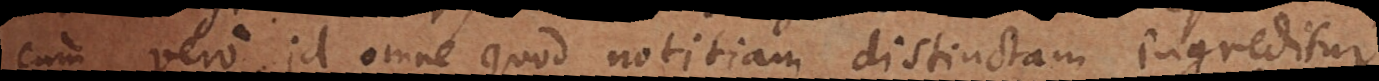
Cum vero id omne quod notitiam distinctam ingreditur,